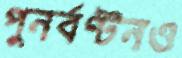
পুনর্বণ্টনও